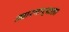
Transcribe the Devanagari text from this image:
उच्चारणाऱ्याला